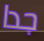
جدا